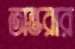
অন্তরার